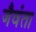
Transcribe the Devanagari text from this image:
जैवंता